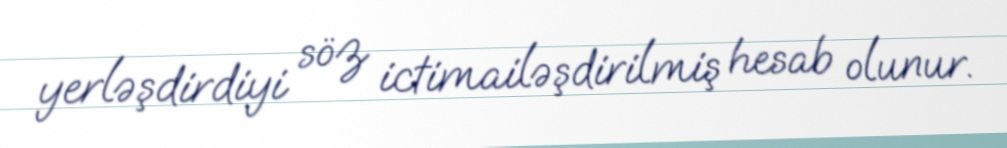
yerləşdirdiyi söz ictimailəşdirilmiş hesab olunur.